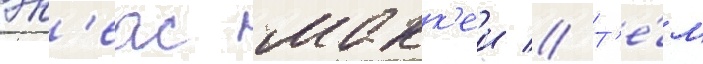
эн'еас макк'еи // Т'е́м